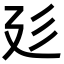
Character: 𢌘